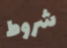
شروط